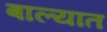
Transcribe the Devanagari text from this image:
बाल्यात